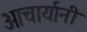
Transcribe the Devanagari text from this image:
आचार्यानी